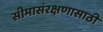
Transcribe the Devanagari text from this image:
सीमासंरक्षणासाठी